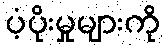
ပံ့ပိုးမှုများကို